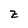
Character: z